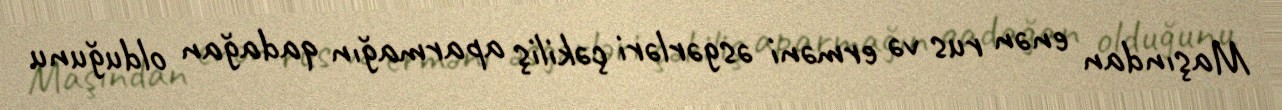
Maşından enən rus və erməni əsgərləri çəkiliş aparmağın qadağan olduğunu